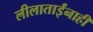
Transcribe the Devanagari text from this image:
लीलाताईंनाही